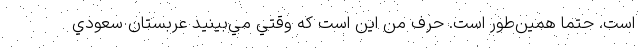
است. حتما همين‌طور است. حرف من اين است كه وقتي مي‌بينيد عربستان سعودي